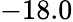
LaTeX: -18.0